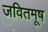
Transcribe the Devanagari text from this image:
जवितमूष